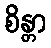
စိန္တာ